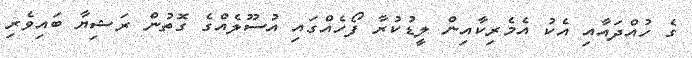
ގެ ހުއްދައާއި އެކު އެމެރިކާއިން ލީޑުކުރާ ފޯހެއްގައި އުސޫލެއްގެ ގޮތުން ރަޝިޔާ ބައިވެރި